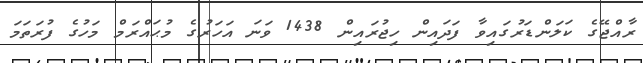
ރާއްޖޭގެ ކަލަންޑަރުގައިވާ ފަދައިން ހިޖުރައިން 1438 ވަނަ އަހަރުގެ މުޙައްރަމް މަހުގެ ފުރަތަމަ